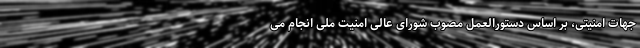
جهات امنیتی، بر اساس دستورالعمل مصوب شورای عالی امنیت ملی انجام می